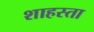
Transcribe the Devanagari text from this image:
शाहस्ता